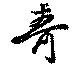
奇